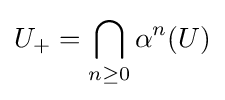
U_{+}=\bigcap _{n\geq 0}\alpha ^{n}(U)